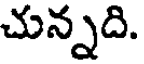
చున్నది.